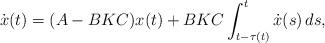
LaTeX: \begin{align*}\dot x(t)=(A-BKC)x(t)+BKC\int_{t-\tau(t)}^t\dot x(s)\,ds,\end{align*}